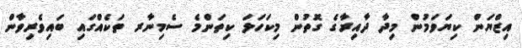
އިޒްޔަން ކިޔަވަމުން މިދާ ދާއިރާގެ ގޮތުން މިކަހަލަ ކިތަންމެ ސެމިނާރ ތަކެއްގައި ބައިވެރިވާން